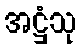
အဋ္ဌံသု